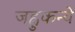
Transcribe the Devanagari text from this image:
जह्नुकन्ये